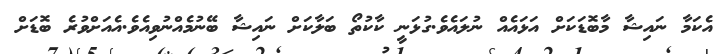
އެކަމާ ނައިޝާ މާބޮޑަކަށް އަޅައެއް ނުލައެވެ.ގުޅަނީ ކާކުތޯ ބަލާކަށް ނައިޝާ ބޭނުމެއްނުވިއެވެ.އެއަށްވުރެ ބޮޑަށް